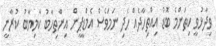
ވިދާޅުވީ ކިތަންމެ ބޮޑު އިއްތިހާދެއް ހެދި ނަމަވެސް އެމްޑީޕީން އިންތިހާބު ކާމިޔާބު ކުރާނީ